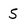
Character: 5